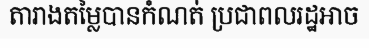
តារាងតម្លៃបានកំណត់ ប្រជាពលរដ្ឋអាច